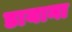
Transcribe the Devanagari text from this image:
डायाना